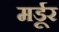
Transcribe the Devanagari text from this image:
मर्डूर